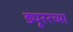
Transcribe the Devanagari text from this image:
ड्यूररच्या